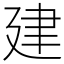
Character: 建